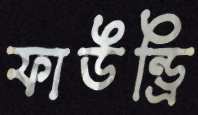
ফাউন্ড্রি